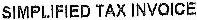
SIMPLIFIED TAX INVOICE